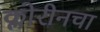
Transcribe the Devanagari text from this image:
क्लोरीनचा